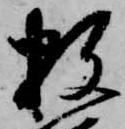
数